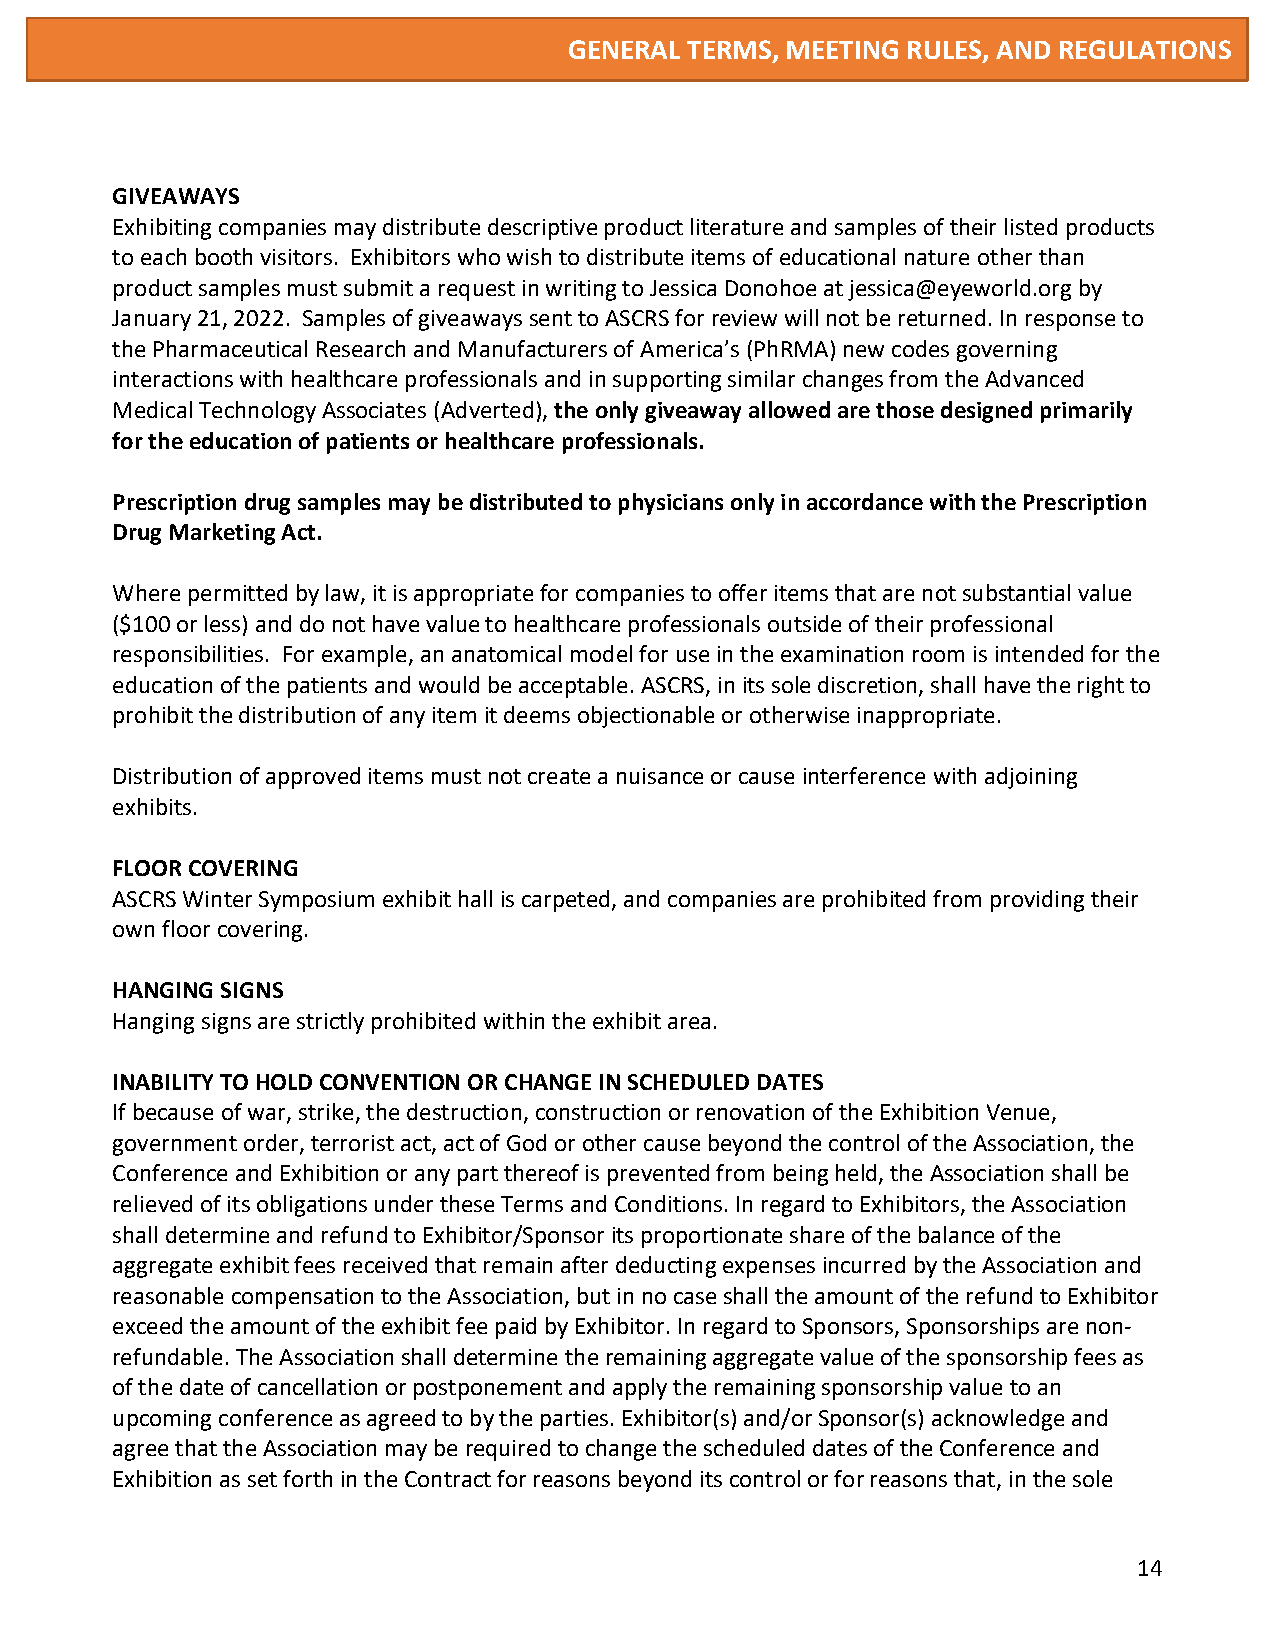
GENERAL TERMS, MEETING RULES, AND REGULATIONS
 GIVEAWAYS
 Exhibiting companies may distribute descriptive product literature and samples of their listed products
 to each booth visitors. Exhibitors who wish to distribute items of educational nature other than
 product samples must submit a request in writing to Jessica Donohoe at jessica@eyeworld.org by
 January 21, 2022. Samples of giveaways sent to ASCRS for review will not be returned. In response to
 the Pharmaceutical Research and Manufacturers of America’s (PhRMA) new codes governing
 interactions with healthcare professionals and in supporting similar changes from the Advanced
 Medical Technology Associates (Adverted), the only giveaway allowed are those designed primarily
 for the education of patients or healthcare professionals.
 Prescription drug samples may be distributed to physicians only in accordance with the Prescription
 Drug Marketing Act.
 Where permitted by law, it is appropriate for companies to offer items that are not substantial value
 ($100 or less) and do not have value to healthcare professionals outside of their professional
 responsibilities. For example, an anatomical model for use in the examination room is intended for the
 education of the patients and would be acceptable. ASCRS, in its sole discretion, shall have the right to
 prohibit the distribution of any item it deems objectionable or otherwise inappropriate.
 Distribution of approved items must not create a nuisance or cause interference with adjoining
 exhibits.
 FLOOR COVERING
 ASCRS Winter Symposium exhibit hall is carpeted, and companies are prohibited from providing their
 own floor covering.
 HANGING SIGNS
 Hanging signs are strictly prohibited within the exhibit area.
 INABILITY TO HOLD CONVENTION OR CHANGE IN SCHEDULED DATES
 If because of war, strike, the destruction, construction or renovation of the Exhibition Venue,
 government order, terrorist act, act of God or other cause beyond the control of the Association, the
 Conference and Exhibition or any part thereof is prevented from being held, the Association shall be
 relieved of its obligations under these Terms and Conditions. In regard to Exhibitors, the Association
 shall determine and refund to Exhibitor/Sponsor its proportionate share of the balance of the
 aggregate exhibit fees received that remain after deducting expenses incurred by the Association and
 reasonable compensation to the Association, but in no case shall the amount of the refund to Exhibitor
 exceed the amount of the exhibit fee paid by Exhibitor. In regard to Sponsors, Sponsorships are non-
 refundable. The Association shall determine the remaining aggregate value of the sponsorship fees as
 of the date of cancellation or postponement and apply the remaining sponsorship value to an
 upcoming conference as agreed to by the parties. Exhibitor(s) and/or Sponsor(s) acknowledge and
 agree that the Association may be required to change the scheduled dates of the Conference and
 Exhibition as set forth in the Contract for reasons beyond its control or for reasons that, in the sole
 14